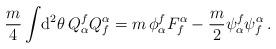
LaTeX: \begin{align*}\frac{m}{4}\int\! {\rm d}^2\theta\, Q_\alpha^f Q^\alpha_f=m \,\phi_\alpha^f F^\alpha_f -\frac{m}{2} \psi_\alpha^f\psi^\alpha_f\,.\end{align*}